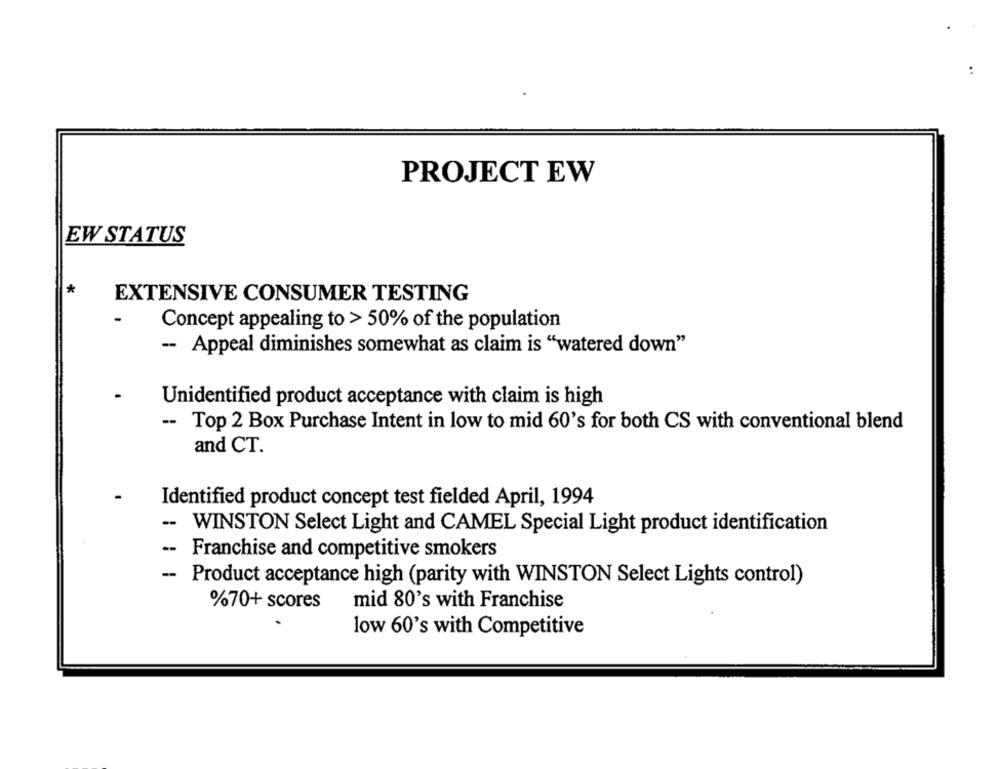
PROJECT EW
EW STATUS
EXTENSIVE CONSUMER TESTING
Concept appealing to > 50% of the population
-- Appeal diminishes somewhat as claim is "watered down"
Unidentified product acceptance with claim is high
-- Top 2 Box Purchase Intent in low to mid 60's for both CS with conventional blend
and CT.
Identified product concept test fielded April, 1994
--
WINSTON Select Light and CAMEL Special Light product identification
.- Franchise and competitive smokers
-
Product acceptance high (parity with WINSTON Select Lights control)
%70+ scores mid 80's with Franchise
low 60's with Competitive